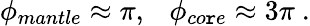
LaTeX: \phi_{mantle}\approx\pi,~~~\phi_{co\mathtt{r}e}\approx3\pi~.